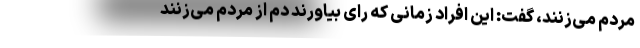
مردم می‌زنند، گفت: این افراد زمانی که رای بیاورند دم از مردم می‌زنند